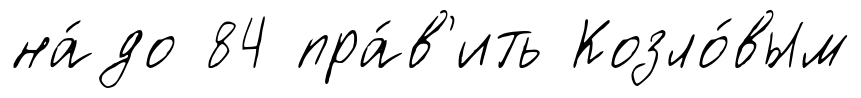
на́до 84 пра́в'ить Козло́вым